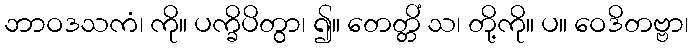
ဘာဝဒသကံ၊ ကို။ ပက္ခိပိတွာ၊ ၍။ တေတ္တိံ သ၊ တို့ကို။ ပ။ ဝေဒိတဗ္ဗာ၊